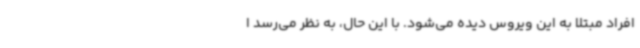
افراد مبتلا به این ویروس دیده می‌شود. با این حال، به نظر می‌رسد ا